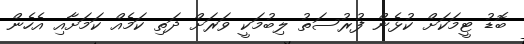
ބޮޑު ޓީމަކަށް ކުޅެން ފުރުސަތު ލިބުމަކީ ވަރަށް ދަތި ކަމެއް ކަމަށާއި އެހެން